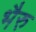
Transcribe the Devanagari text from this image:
भैरु